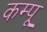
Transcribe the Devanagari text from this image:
कम्पू